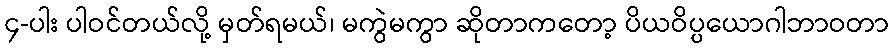
၄-ပါး ပါဝင်တယ်လို့ မှတ်ရမယ်၊ မကွဲမကွာ ဆိုတာကတော့ ပိယဝိပ္ပယောဂါဘာဝတာ